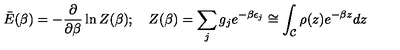
\bar { E } ( \beta ) = - { \frac { \partial } { \partial \beta } } \ln Z ( \beta ) ; \quad Z ( \beta ) = \sum _ { j } g _ { j } e ^ { - \beta \epsilon _ { j } } \cong \int _ { \cal C } \rho ( z ) e ^ { - \beta z } d z